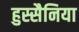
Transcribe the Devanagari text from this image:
हुस्सैनिया